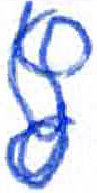
אות: ץ